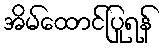
အိမ်ထောင်ပြုရန်